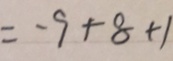
= - 9 + 8 + 1